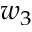
w _ { 3 }